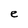
Character: e